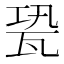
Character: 㼦